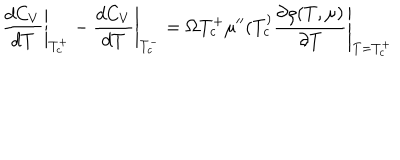
\left. \frac { d C _ { V } } { d T } \right| _ { T _ { c } ^ { + } } - \left. \frac { d C _ { V } } { d T } \right| _ { T _ { c } ^ { - } } = \left. \Omega T _ { c } ^ { + } \mu ^ { \prime \prime } ( T _ { c } ^ { ) } \frac { \partial \varrho ( T , \mu ) } { \partial T } \right| _ { T = T _ { c } ^ { + } }